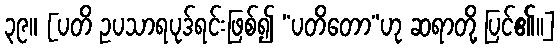
၃၉။ [ပတိ ဥပသာရပုဒ်ရင်းဖြစ်၍ “ပတိတော”ဟု ဆရာတို့ ပြင်၏၊၊]